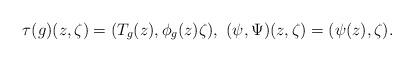
LaTeX: \begin{align*}\tau(g)(z,\zeta)=(T_g(z),\phi_g(z)\zeta),\ (\psi,\Psi)(z,\zeta)=(\psi(z),\zeta).\end{align*}